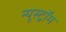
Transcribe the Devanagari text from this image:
न्यूस्ट्रॉम